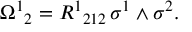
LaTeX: { \Omega ^ { 1 } } _ { 2 } = { R ^ { 1 } } _ { 2 1 2 } \, \sigma ^ { 1 } \wedge \sigma ^ { 2 } .